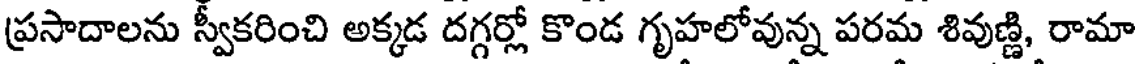
ప్రసాదాలను స్వీకరించి అక్కడ దగ్గర్లో కొండ గృహలోవున్న పరమ శివుణ్ణి, రామా